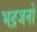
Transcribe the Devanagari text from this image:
भद्रजनों